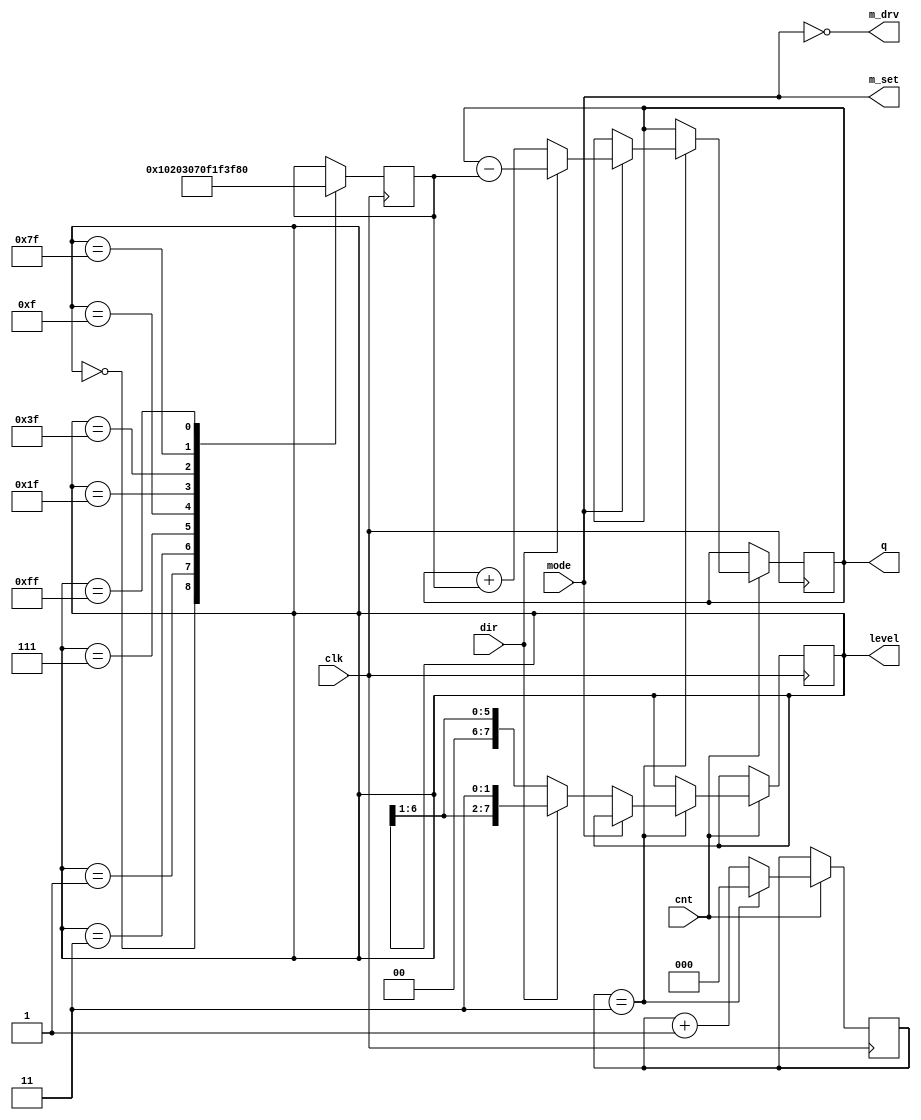
module cog (clk, cnt, dir, mode, q, level, m_set, m_drv);

	// Declaration
	input clk, cnt, dir, mode; 
	output reg [7:0] q; 
	output reg [7:0] level;
	output m_set, m_drv;
	
	// Level Status
	reg s;
	reg [7:0] speed;
	reg [2:0] buffer;
	
	always @(posedge clk) begin
		if(cnt) begin		
			buffer <= buffer + 1;
			if(buffer == 2'd3) begin
				
				if(!mode) begin
					if(dir)
						{level,s} <= {level[7:1],2'b11} << 1;
					else
						{s,level} <= {2'b00,level[6:0]} >> 1;					
				end else begin
					if(!dir) 
						q <= q+speed; 
					else
						q <= q-speed;
				end
				
				buffer <= 0;
			end			
		end
		
		case(level)
			8'd0:		speed <= 8'd0;
			8'd1:		speed <= 8'd1;
			8'd3:		speed <= 8'd2;
			8'd7:		speed <= 8'd3;
			8'd15:	speed <= 8'd7;
			8'd31:	speed <= 8'd15;
			8'd63:	speed <= 8'd31;
			8'd127:	speed <= 8'd63;
			8'd255:	speed <= 8'd127;
		endcase
	end
	
	assign led = level;
	assign m_set = mode;
	assign m_drv = ~mode;

endmodule